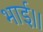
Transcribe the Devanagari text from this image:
भाई।।